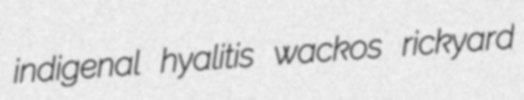
indigenal hyalitis wackos rickyard